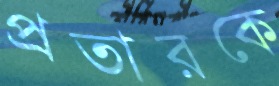
প্রতারকে